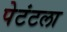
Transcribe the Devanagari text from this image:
पेटंटला